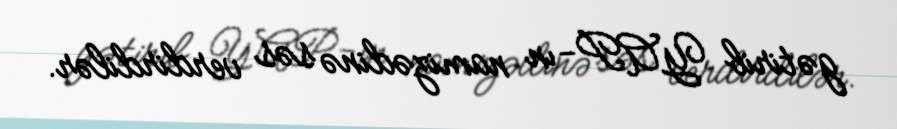
gətirib YAP-ın namizədinə səs verdirdilər.